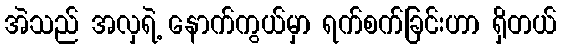
အဲသည် အလှရဲ့ နောက်ကွယ်မှာ ရက်စက်ခြင်းဟာ ရှိတယ်